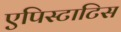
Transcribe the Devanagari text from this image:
एपिस्टाटिस